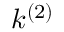
k ^ { ( 2 ) }